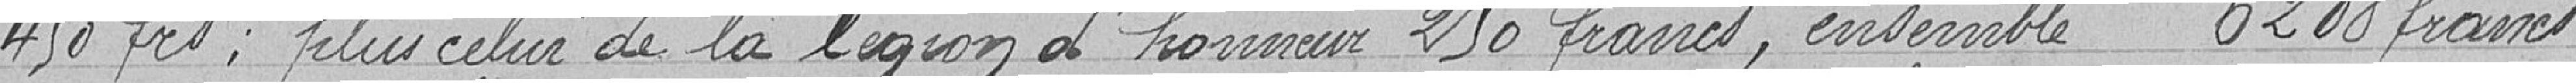
450 francs ; plus celui de la légion d'honneur 250 francs, ensemble 6208 francs